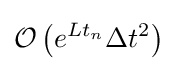
{\mathcal {O}}\left(e^{Lt_{n}}\Delta t^{2}\right)